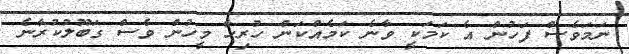
ނަމަވެސް ފަހުން އެ ކަމަކީ ވާނެ ކަމެއްކަން ހުރިހާ މީހުން ވެސް ގަބޫލުކުރާނެ